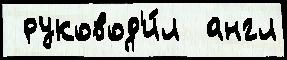
 руковод'и́л  англ